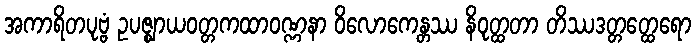
အကာရိတပုဗ္ဗံ ဥပဇ္ဈာယဝတ္တကထာဝဏ္ဏနာ ဝိလောကေန္တဿ နိဝုတ္ထတာ တိဿဒတ္တတ္ထေရော